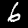
Label: 6